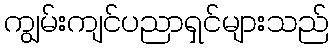
ကျွမ်းကျင်ပညာရှင်များသည်